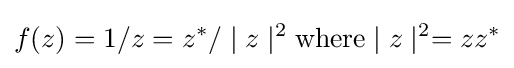
f(z)=1/z=z^{*}/\mid z\mid ^{2}{\text{where}}\mid z\mid ^{2}=zz^{*}